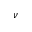
\nu